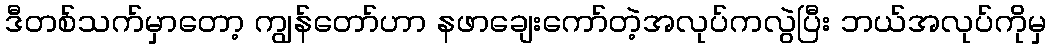
ဒီတစ်သက်မှာတော့ ကျွန်တော်ဟာ နဖာချေးကော်တဲ့အလုပ်ကလွဲပြီး ဘယ်အလုပ်ကိုမှ